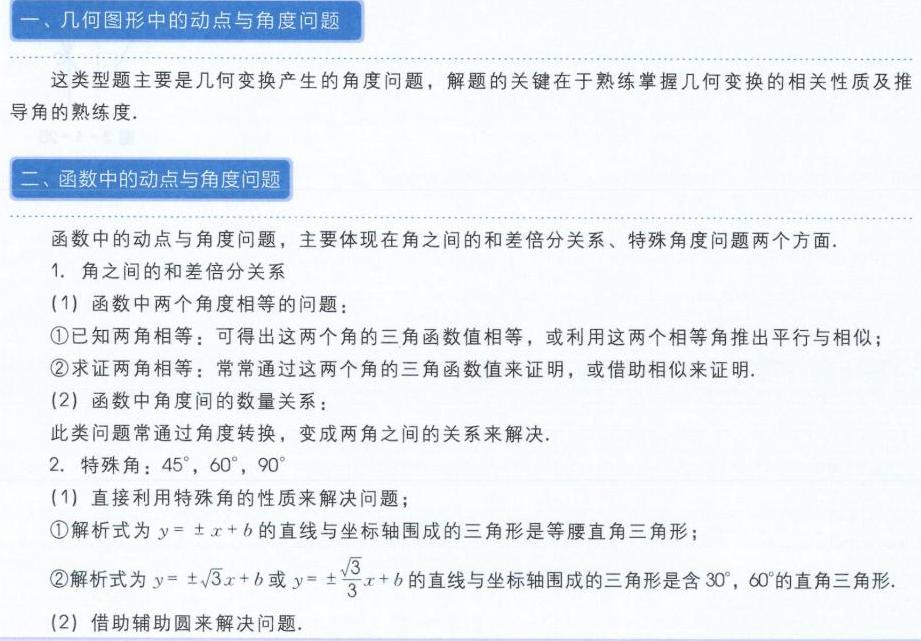
一、几何图形中的动点与角度问题
这类型题主要是几何变换产生的角度问题，解题的关键在于熟练掌握几何变换的相关性质及推导角的熟练度.
二、函数中的动点与角度问题
函数中的动点与角度问题，主要体现在角之间的和差倍分关系、特殊角度问题两个方面.
1. 角之间的和差倍分关系
(1) 函数中两个角度相等的问题：
\textcircled{1}已知两角相等：可得出这两个角的三角函数值相等，或利用这两个相等角推出平行与相似；
\textcircled{2}求证两角相等：常常通过这两个角的三角函数值来证明，或借助相似来证明.
(2) 函数中角度间的数量关系：
此类问题常通过角度转换，变成两角之间的关系来解决.
2. 特殊角：\(45^{\circ},60^{\circ},90^{\circ}\)
(1) 直接利用特殊角的性质来解决问题；
\textcircled{1}解析式为\(y = \pm x + b\)的直线与坐标轴围成的三角形是等腰直角三角形；
\textcircled{2}解析式为\(y = \pm\sqrt{3}x + b\)或\(y = \pm\frac{\sqrt{3}}{3}x + b\)的直线与坐标轴围成的三角形是含\(30^{\circ},60^{\circ}\)的直角三角形.
(2) 借助辅助圆来解决问题.